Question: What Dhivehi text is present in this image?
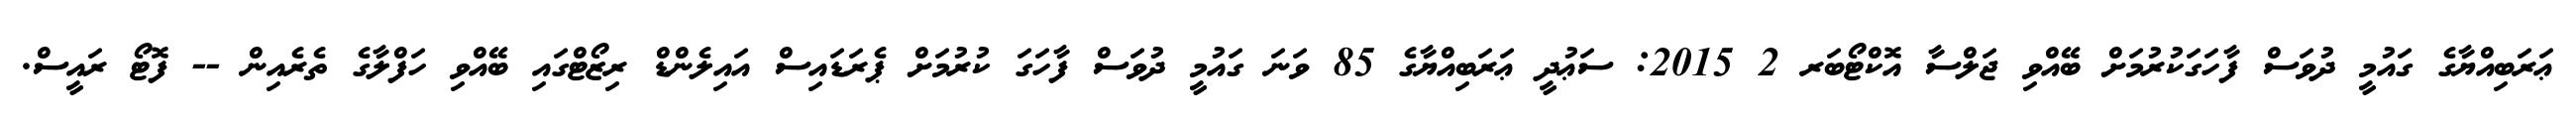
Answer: ޢަރަބިއްޔާގެ ގައުމީ ދުވަސް ފާހަގަކުރުމަށް ބޭއްވި ޖަލްސާ އޮކްޓޯބަރ 2 2015: ސަޢުދީ ޢަރަބިއްޔާގެ 85 ވަނަ ގައުމީ ދުވަސް ފާހަގަ ކުރުމަށް ޕެރަޑައިސް އައިލެންޑް ރިޒޯޓްގައި ބޭއްވި ހަފްލާގެ ތެރެއިން -- ފޮޓޯ ރައީސް.